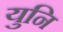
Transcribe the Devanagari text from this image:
युनि